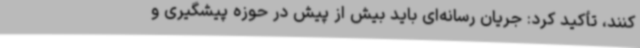
کنند، تأکید کرد: جریان رسانه‌ای باید بیش از پیش در حوزه پیشگیری و